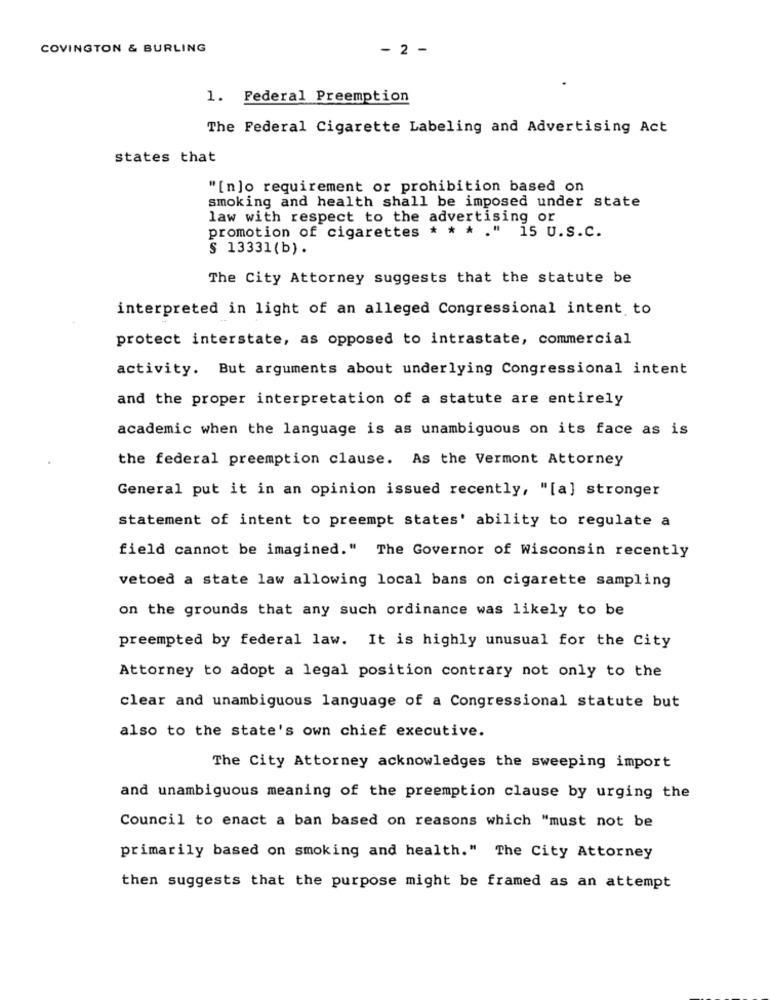
COVINGTON & BURLING
- 2 -
1. Federal Preemption
The Federal Cigarette Labeling and Advertising Act
states that
"[n]o requirement or prohibition based on
smoking and health shall be imposed under state
law with respect to the advertising or
promotion of cigarettes * * * . " 15 U.S.C.
§ 13331 (b).
The City Attorney suggests that the statute be
interpreted in light of an alleged Congressional intent to
protect interstate, as opposed to intrastate, commercial
activity. But arguments about underlying Congressional intent
and the proper interpretation of a statute are entirely
academic when the language is as unambiguous on its face as is
the federal preemption clause. As the Vermont Attorney
General put it in an opinion issued recently, "[a] stronger
statement of intent to preempt states' ability to regulate a
field cannot be imagined." The Governor of Wisconsin recently
vetoed a state law allowing local bans on cigarette sampling
on the grounds that any such ordinance was likely to be
preempted by federal law. It is highly unusual for the City
Attorney to adopt a legal position contrary not only to the
clear and unambiguous language of a Congressional statute but
also to the state's own chief executive.
The City Attorney acknowledges the sweeping import
and unambiguous meaning of the preemption clause by urging the
Council to enact a ban based on reasons which "must not be
primarily based on smoking and health." The City Attorney
then suggests that the purpose might be framed as an attempt